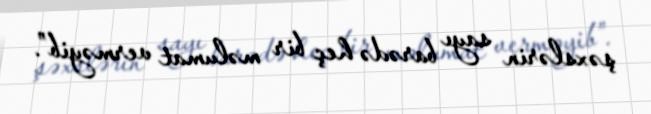
şəxslərin sayı barədə heç bir məlumat verməyib”.